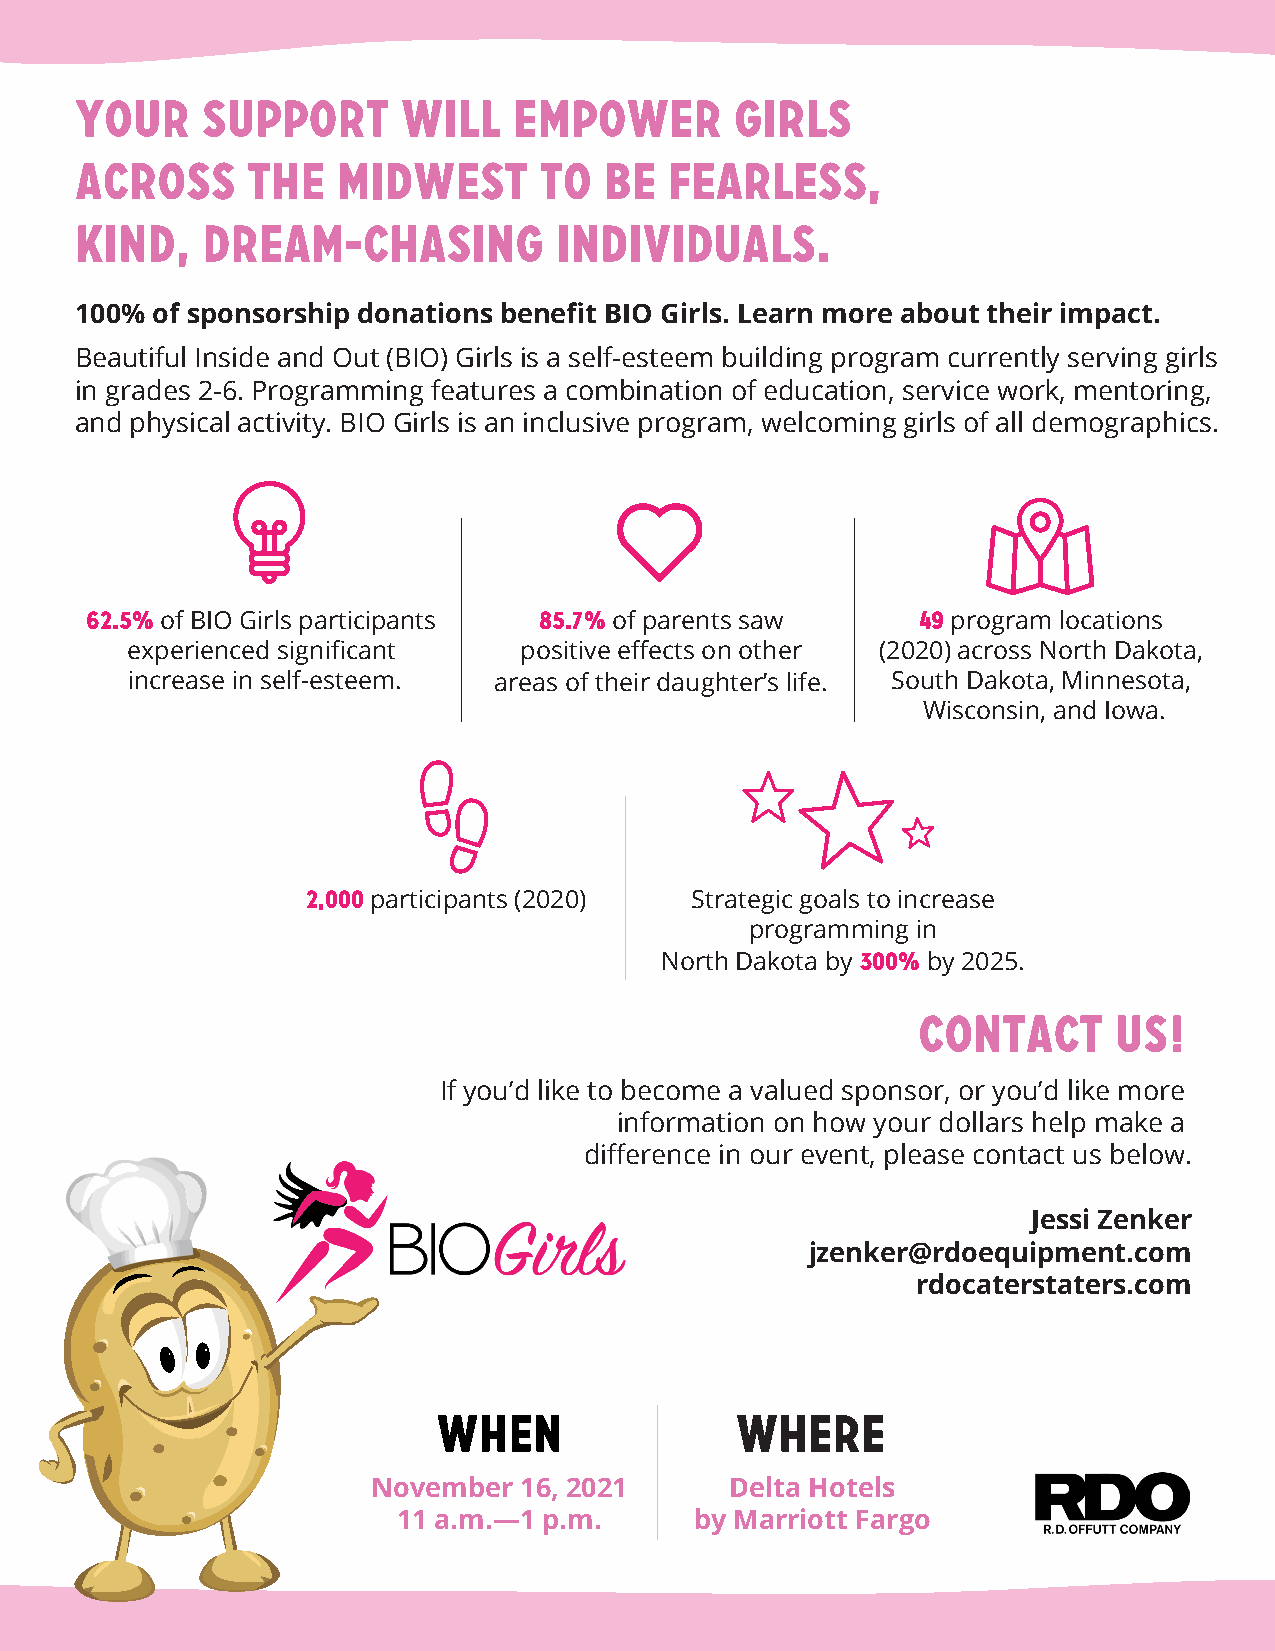
Your    support       will   empower        girls
 across     the   Midwest       to  be  fearless,
 kind,   dream-chasing           individuals.
 100% of sponsorship donations benefit BIO Girls. Learn more about their impact.
 Beautiful Inside and Out (BIO) Girls is a self-esteem building program currently serving girls
 in grades 2-6. Programming features a combination of education, service work, mentoring,
 and physical activity. BIO Girls is an inclusive program, welcoming girls of all demographics.
 62.5% of BIO Girls participants 85.7% of parents saw   49 program locations
 experienced significant   positive effects on other (2020) across North Dakota,
 increase in self-esteem. areas of their daughter’s life. South Dakota, Minnesota,
 Wisconsin, and Iowa.
 2,000 participants (2020) Strategic goals to increase
 programming in
 North Dakota by 300% by 2025.
 contact      us!
 If you’d like to become a valued sponsor, or you’d like more
 information on how your dollars help make a
 difference in our event, please contact us below.
 Jessi Zenker
 jzenker@rdoequipment.com
 rdocaterstaters.com
 When                Where
 November 16, 2021      Delta Hotels
 11 a.m.—1 p.m.      by Marriott Fargo